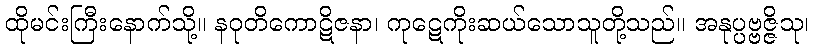
ထိုမင်းကြီးနောက်သို့။ နဝုတိကောဋိဇနာ၊ ကုဋေကိုးဆယ်သောသူတို့သည်။ အနုပ္ပဗ္ဗဇ္ဇိသု၊